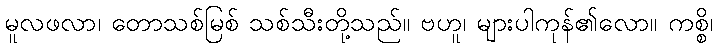
မူလဖလာ၊ တောသစ်မြစ် သစ်သီးတို့သည်။ ဗဟူ၊ များပါကုန်၏လော။ ကစ္စိ၊